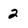
Character: 2